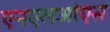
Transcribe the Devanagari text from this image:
एनएलओएस